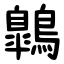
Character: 鷱